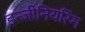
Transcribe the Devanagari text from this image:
इन्‍जीनियरिंग